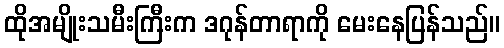
ထိုအမျိုးသမီးကြီးက ဒဂုန်တာရာကို မေးနေပြန်သည်။